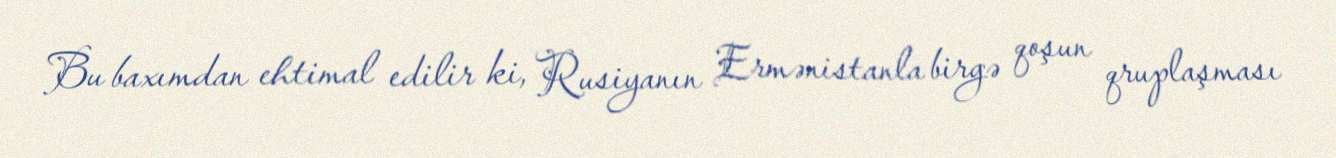
Bu baxımdan ehtimal edilir ki, Rusiyanın Ermənistanla birgə qoşun qruplaşması